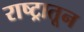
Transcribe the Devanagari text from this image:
राष्ट्रातून